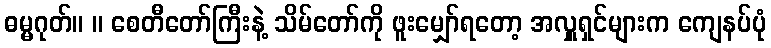
ဓမ္မဂုတ်။ ။ စေတီတော်ကြီးနဲ့ သိမ်တော်ကို ဖူးမျှော်ရတော့ အလှူရှင်များက ကျေနပ်ပုံ